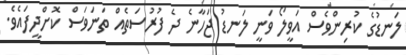
ލަނޑުގެ ކުރިންވެސް އަވީލޯ ވަނީ ލަނޑު ޖަހާނެ ދެ ފުރުސަތެއް ތަނަވަސް ކޮށްދީފައެވެ.